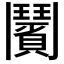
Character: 𩰗